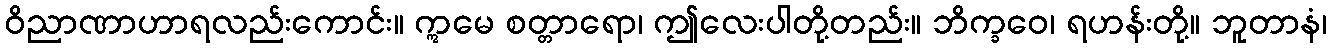
ဝိညာဏာဟာရလည်းကောင်း။ ဣမေ စတ္တာရော၊ ဤလေးပါတို့တည်း။ ဘိက္ခဝေ၊ ရဟန်းတို့။ ဘူတာနံ၊